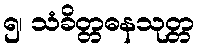
၅၊ သံခိတ္တဓနသုတ္တ